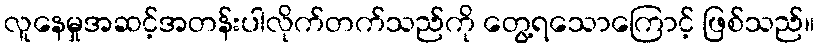
လူနေမှုအဆင့်အတန်းပါလိုက်တက်သည်ကို တွေ့ရသောကြောင့် ဖြစ်သည်။